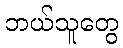
ဘယ်သူတွေ